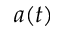
a ( t )